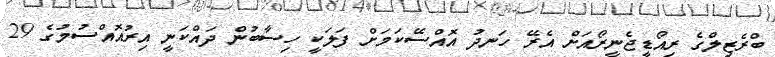
ބްރެޒިލްގެ ރިއޯޑީޖެނީރޯއަށް އެރޭ ހަނދު އޮއްސޭކަމަށް ފަލަކީ ހިސާބުން ދައްކަނީ އިރުއޮއްސުމުގެ 29